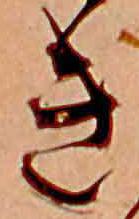
き